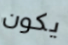
يكون